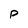
Character: P